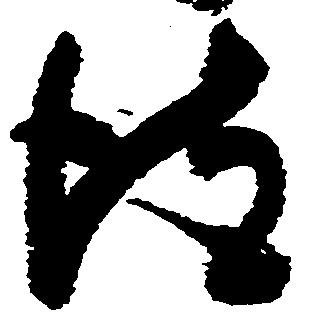
彼